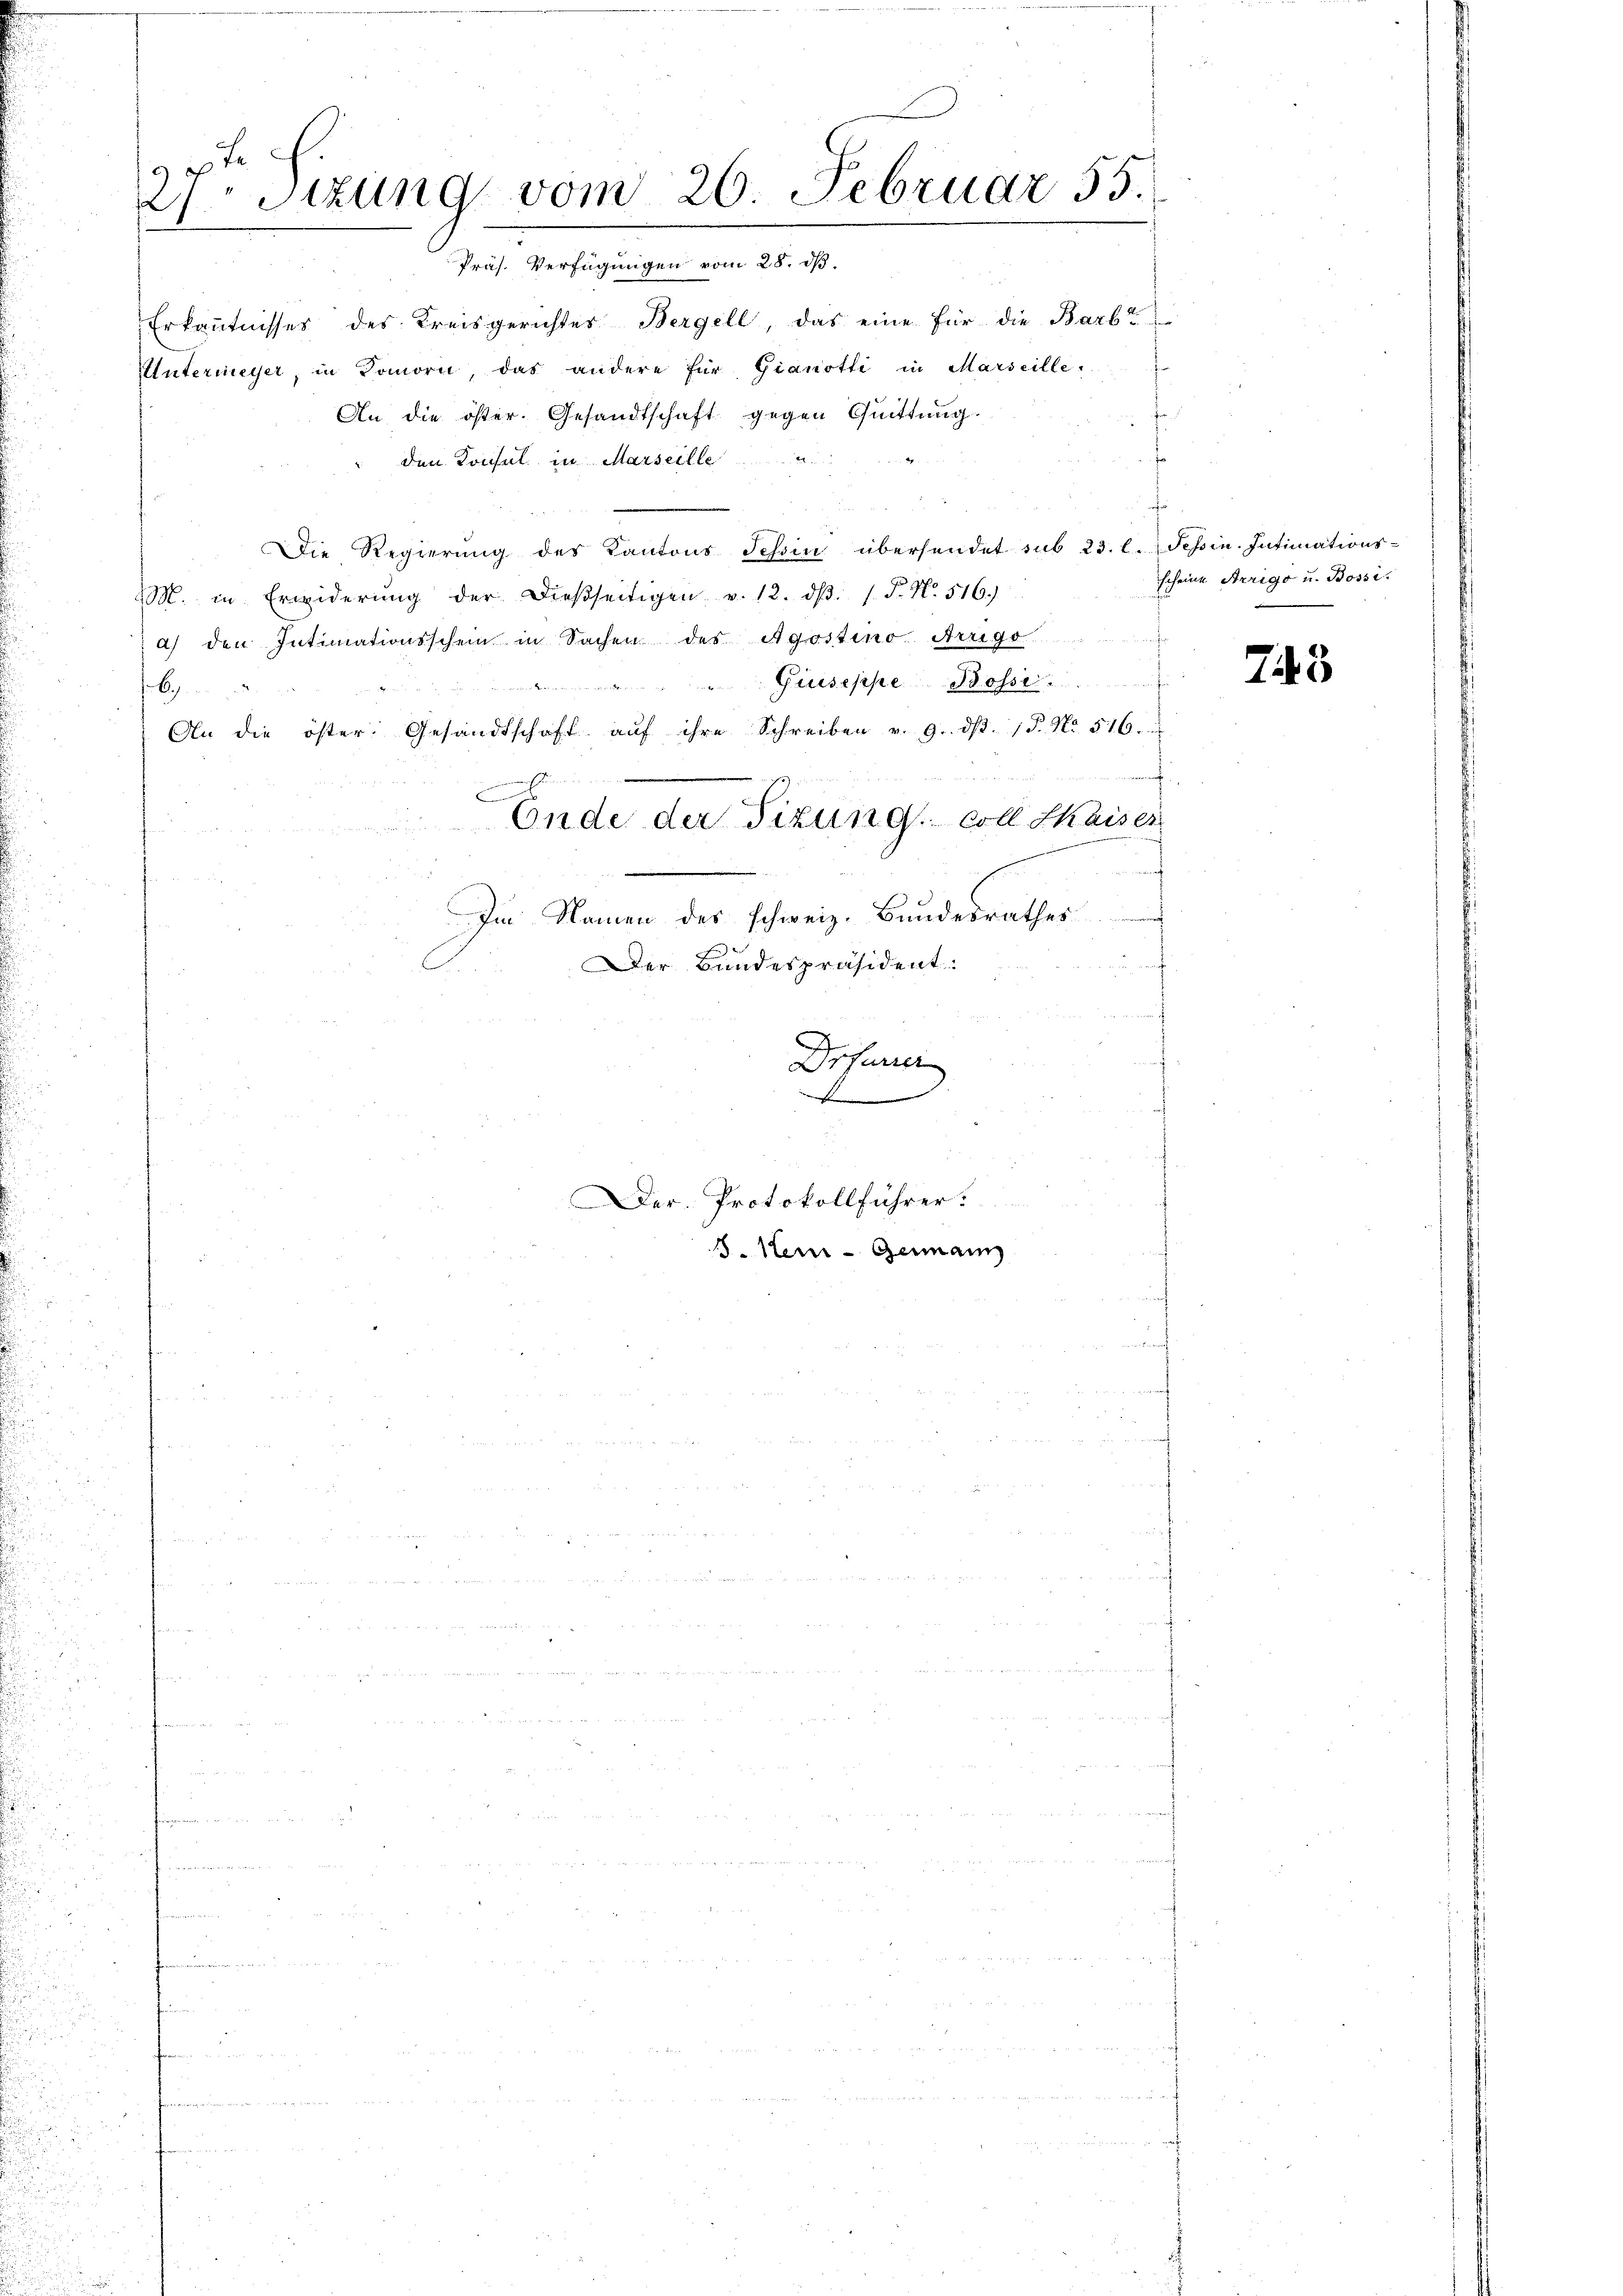
e
4
21. Sitzung vom 26. Februar 55.
Präs. Verfügungen vom 28. ds.

Erkanntnisses des Kreisgerichtes Bergell, das eine für die Barb
Untermeyer, in Komorn, das andere für Gianotti in Marseille
An die öster. Gesandtschaft gegen Quittung.
den Konsul in Marseille
Die Regierung des Kantons Tessin übersendet sub 23. l. Tessin. Intimations-
M. in Erwiderŭng der dieβseitigen v. 12. dβ. (T. N. 516.)
a) den Intimationsschein in Sachen des Agostino. Arrigo
Giuseppe Bossi
6
An die öster: Gesandtschaft aŭf ihre Schreiben v. 9. dβ. 15. No. 516.
Ende der Sizung.- coll Chaiser
Im Namen des schweiz. Bundesrathes
Der Bundespräsident:
Drfurc
A
Der Protokollführer.
5. Heur-Germann

Her

scheine Arrigo u. Bossi¬
743